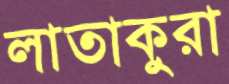
লাতাকুরা